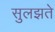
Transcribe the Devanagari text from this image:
सुलझते